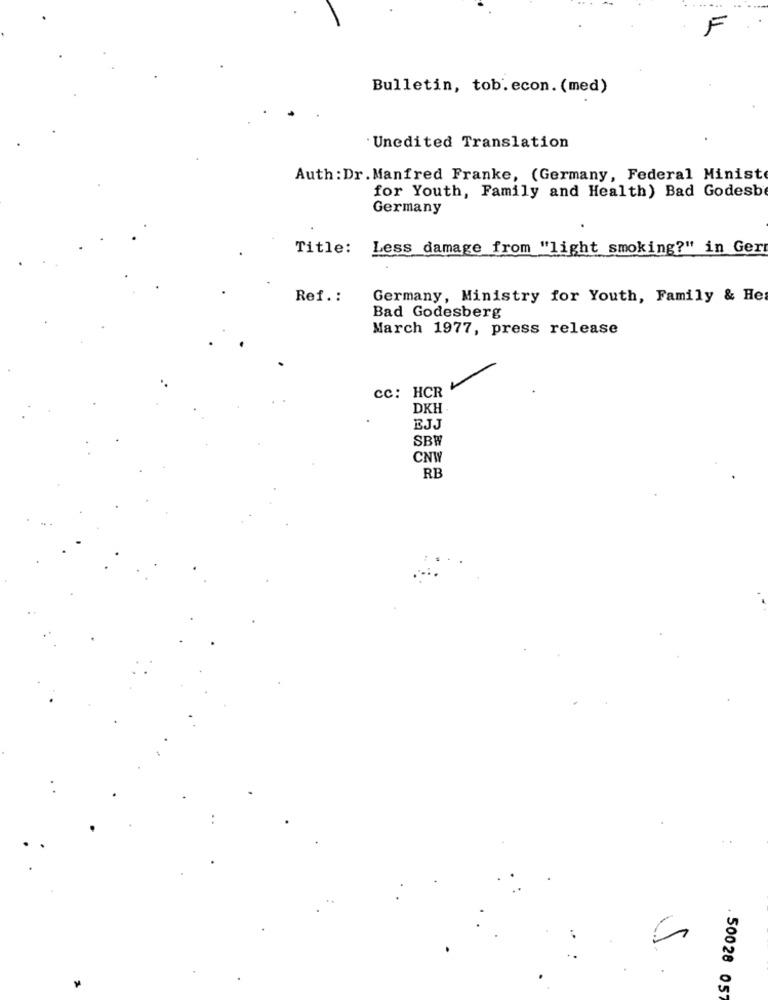
F
Bulletin, tob.econ. (med)
Unedited Translation
Auth : Dr. Manfred Franke, (Germany, Federal Minist
for Youth, Family and Health) Bad Godesb
Germany
Title:
Less damage from "light smoking?" in Gert
Ref .:
Germany, Ministry for Youth, Family & He
Bad Godesberg
March 1977, press release
cc: HCR
DKH
EJJ
SBW
CNW
RE
..
50028 057